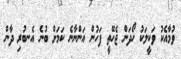
ވުމާއެކު ވަކީލަކު ހޯދަން ޖެހޭތީ ފަހުން އަންނާނެ ކަމަށް ބުނެ އެނބުރި ދާން